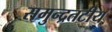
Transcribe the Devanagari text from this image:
समुन्द्रतटीय